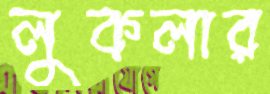
লুকলার